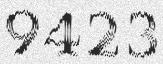
9423